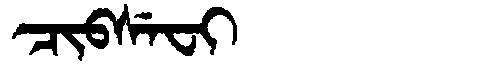
Manchu: ᠴᡳᠪᠰᡝᠸᡳ
Romanization: CIBSEFI